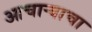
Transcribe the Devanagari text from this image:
आचाऱ्याचा